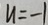
u = - 1